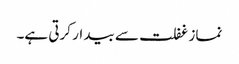
نماز غفلت سے بیدار کرتی ہے۔